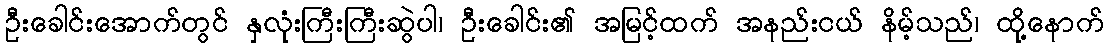
ဦးခေါင်းအောက်တွင် နှလုံးကြီးကြီးဆွဲပါ၊ ဦးခေါင်း၏ အမြင့်ထက် အနည်းငယ် နိမ့်သည်၊ ထို့နောက်